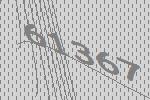
61367